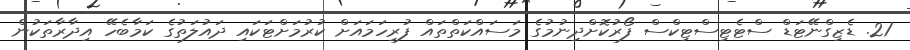
21. ޑެޒިގްނޭޓަޑް ސްޓެޓިސްޓިކްސް ފޯރުކޮށްދިނުމުގެ މަސައްކަތްތައް ފުރިހަމައަށް ކުރުމަށްޓަކައި ދައުލަތުގެ ކަމާބެހޭ އިދާރާތަކުން